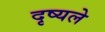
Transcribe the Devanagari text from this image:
दृष्यले